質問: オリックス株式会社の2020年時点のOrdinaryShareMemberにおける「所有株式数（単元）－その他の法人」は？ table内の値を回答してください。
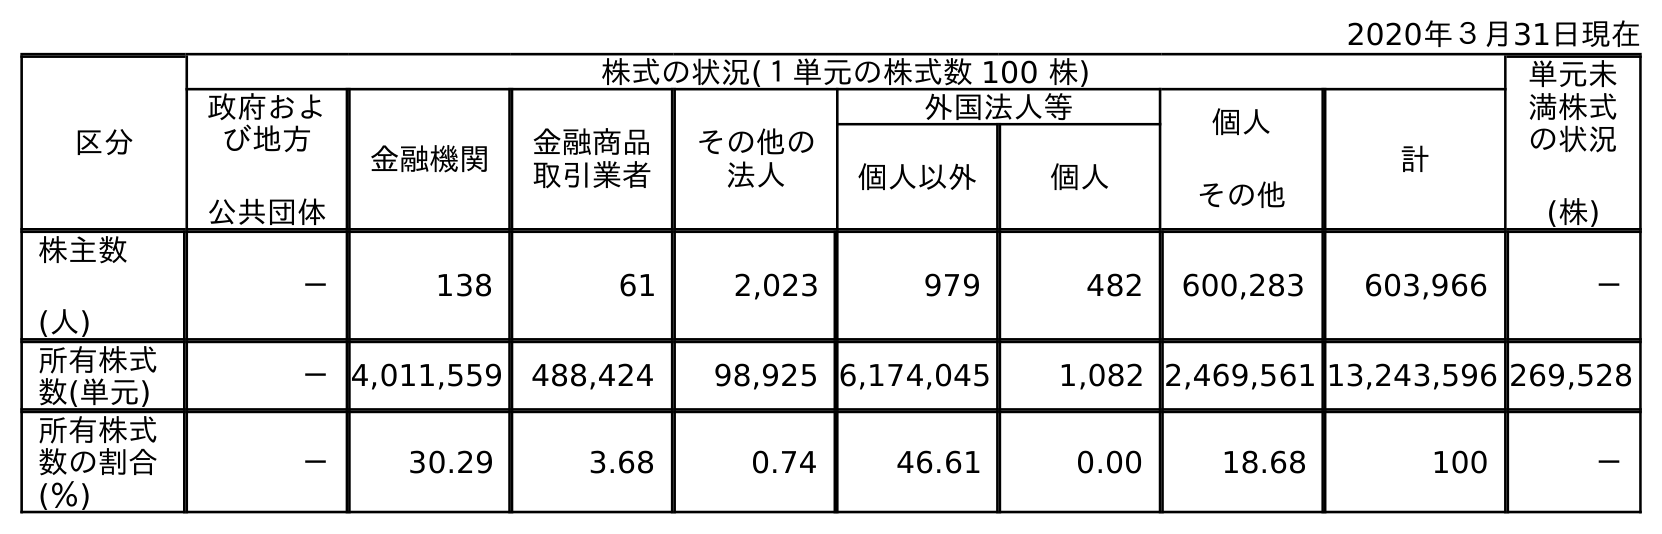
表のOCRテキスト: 2020年３月31日現在 区分 株式の状況(１単元の株式数 100 株) 単元未 満株式 の状況 (株) 政府およ び地方 公共団体 金融機関 金融商品 取引業者 その他の 法人 外国法人等 個人 その他 計 個人以外 個人 株主数 (人) － 138 61 2,023 979 482 600,283 603,966 － 所有株式 数(単元) －4,011,559 488,424 98,925 6,174,045 1,082 2,469,561 13,243,596 269,528 所有株式 数の割合 (％) － 30.29 3.68 0.74 46.61 0.00 18.68 100 －
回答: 98,925